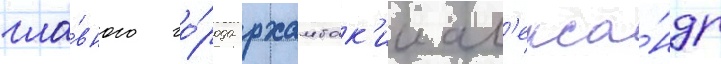
гла́вного го́рода рхамбак'ии ал'екса́ндр